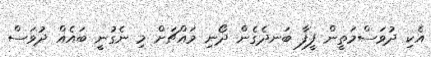
އެކި ދުވަސްމަތީން ފީފާ ބަނދެގެން ދޯނި މައްޗަށް މި ނެގުނީ ބައެއް ދުވަސް